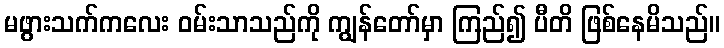
မဖွားသက်ကလေး ဝမ်းသာသည်ကို ကျွန်တော်မှာ ကြည်၍ ပီတိ ဖြစ်နေမိသည်။